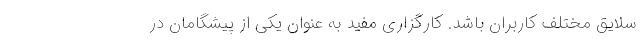
سلایق مختلف کاربران باشد. کارگزاری مفید به عنوان یکی از پیشگامان در